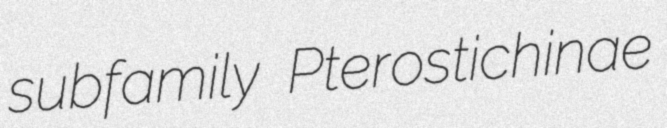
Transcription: subfamily Pterostichinae